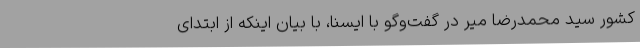
کشور سید محمدرضا میر در گفت‌وگو با ایسنا، با بیان اینکه از ابتدای